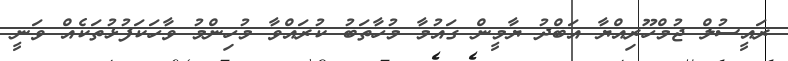
ރައީސުލް ޖުމްހޫރިއްޔާ އަބްދު ޔާމީން ގައުމާ މުހާތަބު ކުރައްވާ މުހިންމު ވާހަކަފުޅުތަކެއް ވަނީ